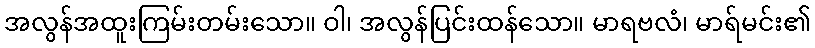
အလွန်အထူးကြမ်းတမ်းသော။ ဝါ၊ အလွန်ပြင်းထန်သော။ မာရဗလံ၊ မာရ်မင်း၏